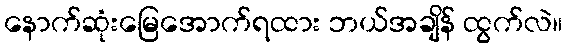
နောက်ဆုံးမြေအောက်ရထား ဘယ်အချိန် ထွက်လဲ။